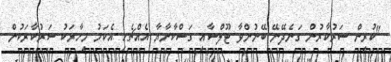
"ކުރިން ސަރުކާރުން ގަނެދޭނޭ ބޭނުންވާ ޓޫލްސާއި ގަސްކާނާޔާ އެއްޗެހި އެކަމު މިހާރަކު ސަރުކާރަކުން